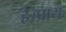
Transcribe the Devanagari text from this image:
है।प्रायः